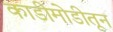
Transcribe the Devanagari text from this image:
काडीमोडीतून